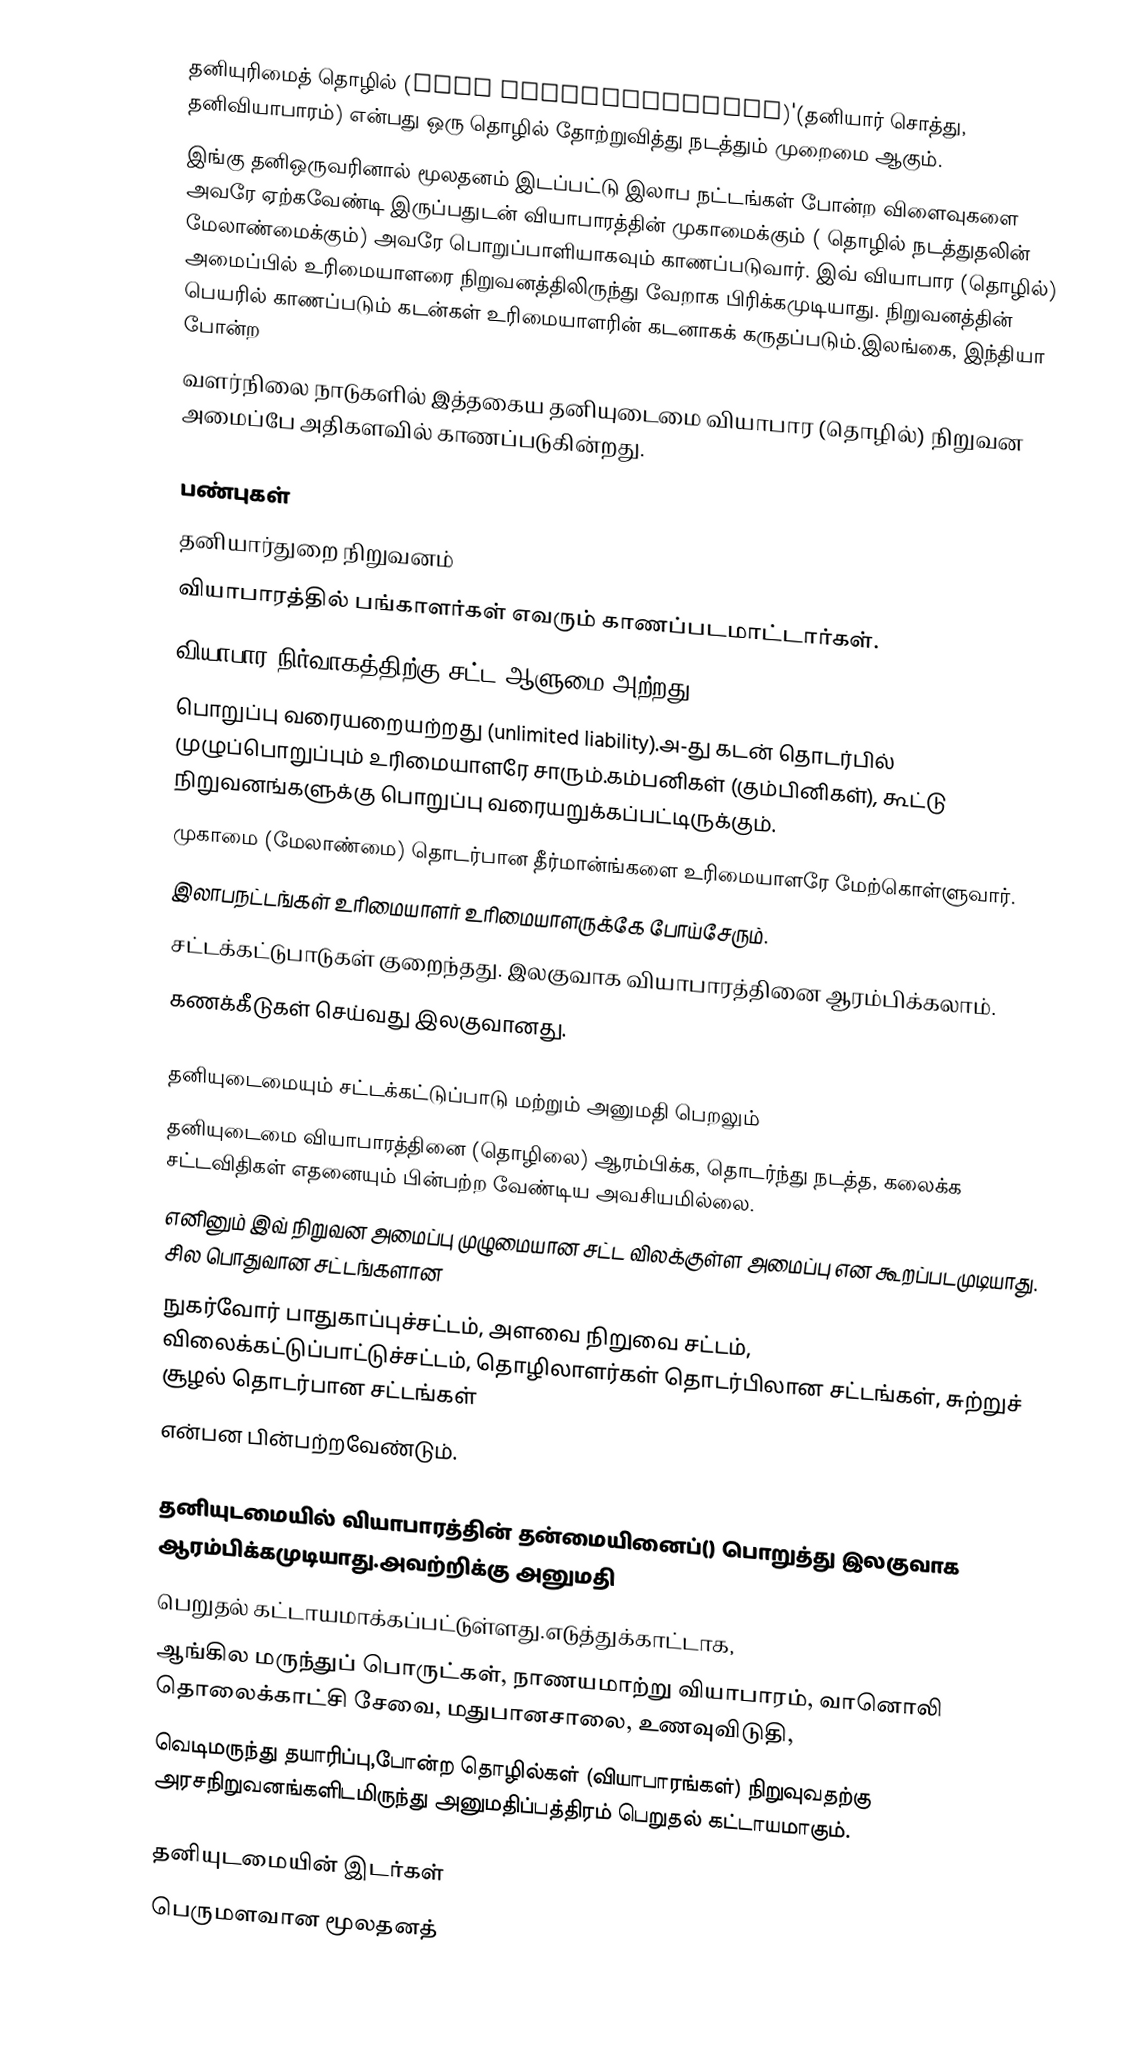
தனியுரிமைத் தொழில் (Sole proprietorship)'(தனியார் சொத்து, தனிவியாபாரம்) என்பது ஒரு தொழில் தோற்றுவித்து நடத்தும் முறைமை ஆகும்.
இங்கு தனிஒருவரினால் மூலதனம் இடப்பட்டு இலாப நட்டங்கள் போன்ற விளைவுகளை அவரே ஏற்கவேண்டி இருப்பதுடன் வியாபாரத்தின் முகாமைக்கும் ( தொழில் நடத்துதலின் மேலாண்மைக்கும்) அவரே பொறுப்பாளியாகவும் காணப்படுவார். இவ் வியாபார (தொழில்) அமைப்பில் உரிமையாளரை நிறுவனத்திலிருந்து வேறாக பிரிக்கமுடியாது. நிறுவனத்தின் பெயரில் காணப்படும் கடன்கள் உரிமையாளரின் கடனாகக் கருதப்படும்.இலங்கை, இந்தியா போன்ற
வளர்நிலை நாடுகளில் இத்தகைய தனியுடைமை வியாபார (தொழில்) நிறுவன அமைப்பே அதிகளவில் காணப்படுகின்றது.

பண்புகள்
 தனியார்துறை நிறுவனம்
 வியாபாரத்தில் பங்காளர்கள் எவரும் காணப்படமாட்டார்கள்.
 வியாபார நிர்வாகத்திற்கு சட்ட ஆளுமை அற்றது.
 பொறுப்பு வரையறையற்றது (unlimited liability).அ-து கடன் தொடர்பில் முழுப்பொறுப்பும் உரிமையாளரே சாரும்.கம்பனிகள் (கும்பினிகள்), கூட்டு நிறுவனங்களுக்கு பொறுப்பு வரையறுக்கப்பட்டிருக்கும்.
 முகாமை (மேலாண்மை) தொடர்பான தீர்மான்ங்களை உரிமையாளரே மேற்கொள்ளுவார்.
 இலாபநட்டங்கள் உரிமையாளர் உரிமையாளருக்கே போய்சேரும்.
 சட்டக்கட்டுபாடுகள் குறைந்தது. இலகுவாக வியாபாரத்தினை ஆரம்பிக்கலாம்.
 கணக்கீடுகள் செய்வது இலகுவானது.

தனியுடைமையும் சட்டக்கட்டுப்பாடு மற்றும் அனுமதி பெறலும்
தனியுடைமை வியாபாரத்தினை (தொழிலை) ஆரம்பிக்க, தொடர்ந்து நடத்த, கலைக்க சட்டவிதிகள் எதனையும் பின்பற்ற வேண்டிய அவசியமில்லை.
எனினும் இவ் நிறுவன அமைப்பு முழுமையான சட்ட விலக்குள்ள அமைப்பு என கூறப்படமுடியாது. சில பொதுவான சட்டங்களான
நுகர்வோர் பாதுகாப்புச்சட்டம், அளவை நிறுவை சட்டம், விலைக்கட்டுப்பாட்டுச்சட்டம், தொழிலாளர்கள் தொடர்பிலான சட்டங்கள், சுற்றுச் சூழல் தொடர்பான சட்டங்கள்
என்பன பின்பற்றவேண்டும்.

தனியுடமையில் வியாபாரத்தின் தன்மையினைப்() பொறுத்து இலகுவாக ஆரம்பிக்கமுடியாது.அவற்றிக்கு அனுமதி
பெறுதல் கட்டாயமாக்கப்பட்டுள்ளது.எடுத்துக்காட்டாக,
ஆங்கில மருந்துப் பொருட்கள், நாணயமாற்று வியாபாரம், வானொலி தொலைக்காட்சி சேவை, மதுபானசாலை, உணவுவிடுதி,
வெடிமருந்து தயாரிப்பு,போன்ற தொழில்கள் (வியாபாரங்கள்) நிறுவுவதற்கு அரசநிறுவனங்களிடமிருந்து அனுமதிப்பத்திரம் பெறுதல் கட்டாயமாகும்.

தனியுடமையின் இடர்கள்
 பெருமளவான மூலதனத்